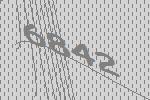
6842